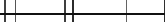
٢٣